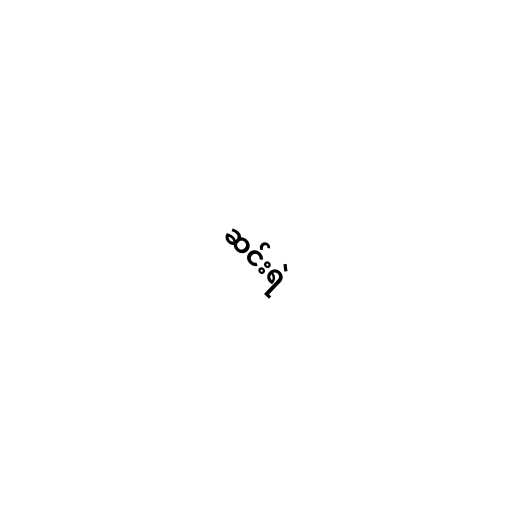
ဆင်းရဲ